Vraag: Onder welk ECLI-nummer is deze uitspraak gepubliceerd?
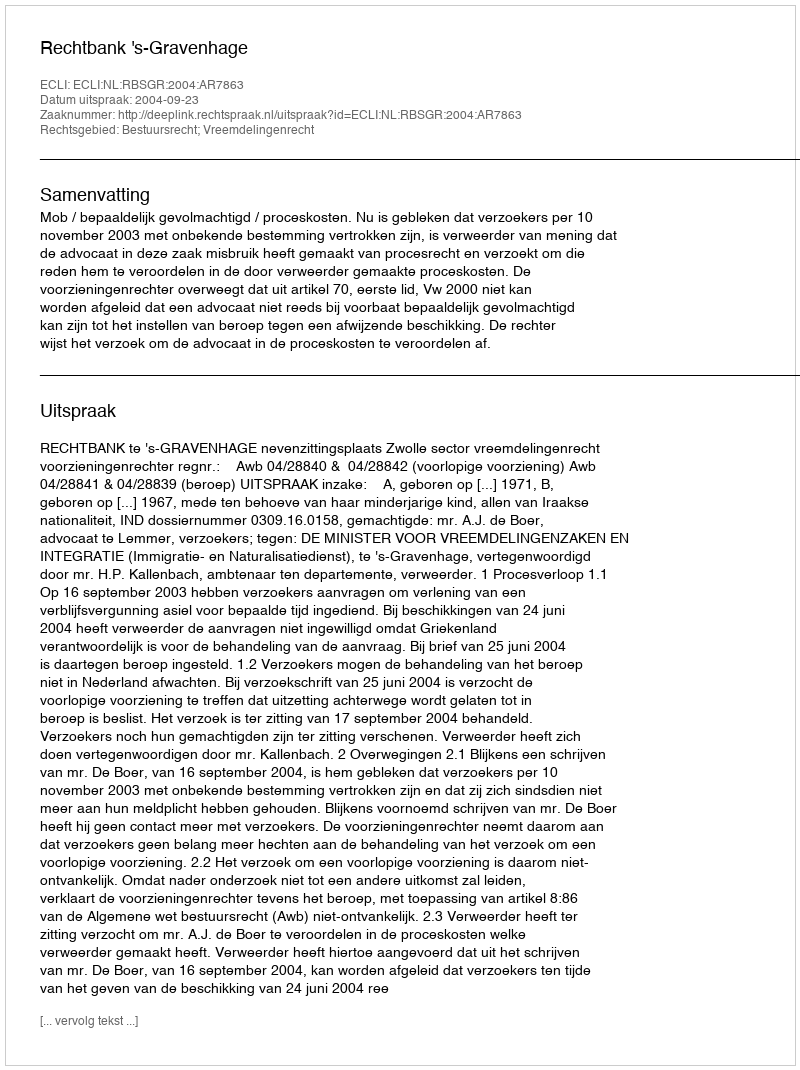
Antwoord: ECLI:NL:RBSGR:2004:AR7863